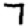
Digit: 7